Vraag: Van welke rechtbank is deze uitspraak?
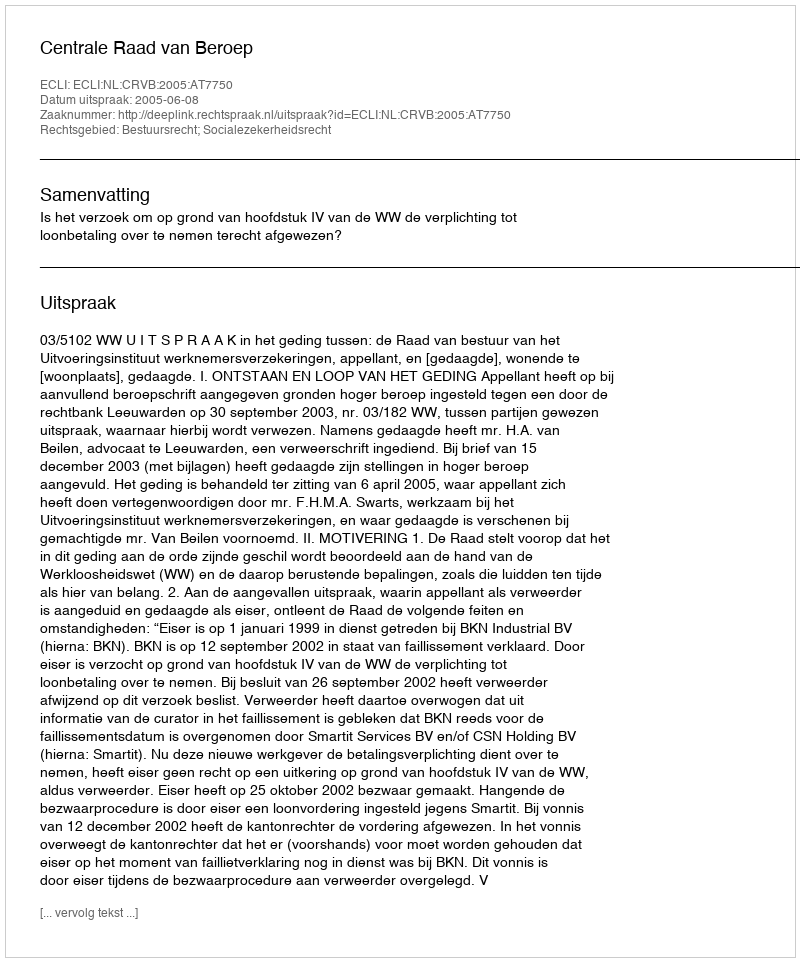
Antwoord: Centrale Raad van Beroep